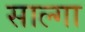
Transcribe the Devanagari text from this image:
साल्गा